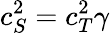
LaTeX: c_{S}^{2}=c_{T}^{2}\gamma